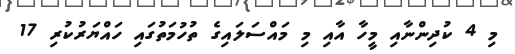
މި 4 ކުދިންނާއި މީހާ އާއި މި މައްސަލައިގެ ތުހުމަތުގައި ހައްޔަރުކުރި 17